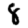
Digit: 8